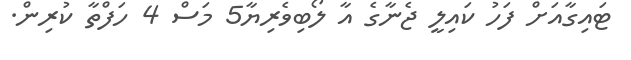
ޓައިގާއަށް ފަހު ކައިލީ ޖެނާގެ އާ ލޯބިވެރިޔާ5 މަސް 4 ހަފްތާ ކުރިން.